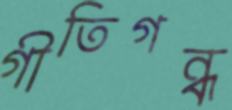
গীতিগন্ধ